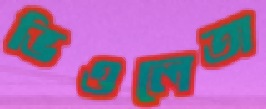
ভিওলেতা